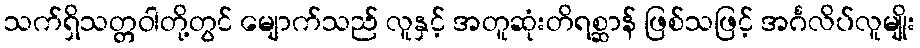
သက်ရှိသတ္တဝါတို့တွင် မျောက်သည် လူနှင့် အတူဆုံးတိရစ္ဆာန် ဖြစ်သဖြင့် အင်္ဂလိပ်လူမျိုး